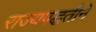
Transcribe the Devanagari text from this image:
राज्यपद्धतीने